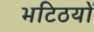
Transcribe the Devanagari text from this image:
भटिठयों